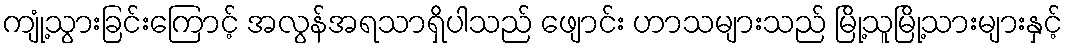
ကျုံ့သွားခြင်းကြောင့် အလွန်အရသာရှိပါသည် ဖျောင်း ဟာသများသည် မြို့သူမြို့သားများနှင့်